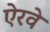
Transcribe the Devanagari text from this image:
ऐरवे